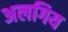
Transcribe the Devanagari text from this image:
अलगिय